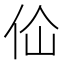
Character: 佡